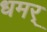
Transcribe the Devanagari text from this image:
धमर्